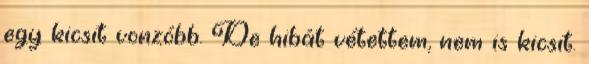
egy kicsit vonzóbb. De hibát vétettem, nem is kicsit.